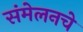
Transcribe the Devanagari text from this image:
संमेलनचे